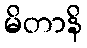
မိတာနိ